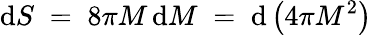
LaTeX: \mathrm{d}S\; =\; 8\pi M\, \mathrm{d}M\; =\; \mathrm{d}\left(4\pi M^{2}\right)